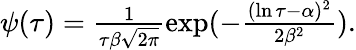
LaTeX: \begin{array}{r}{\psi(\tau)=\frac{1}{\tau\beta\sqrt{2\pi}}\exp(-\frac{(\ln\tau-\alpha)^{2}}{2\beta^{2}}).}\end{array}